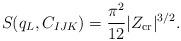
LaTeX: \begin{align*}S (q_L, C_{IJK}) = {\pi^2 \over 12} |Z_{\rm cr}|^{3/2}.\end{align*}